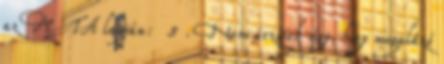
az MTA lapján: 5 . Nem érzitek úgy, hogy megalázó